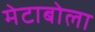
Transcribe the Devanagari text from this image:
मेटाबोला